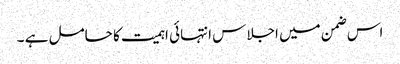
اس ضمن میں اجلاس انتہائی اہمیت کا حامل ہے ۔